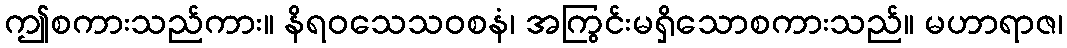
ဤစကားသည်ကား။ နိရဝသေသဝစနံ၊ အကြွင်းမရှိသောစကားသည်။ မဟာရာဇ၊